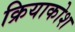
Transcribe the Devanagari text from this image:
क्रियाकोश